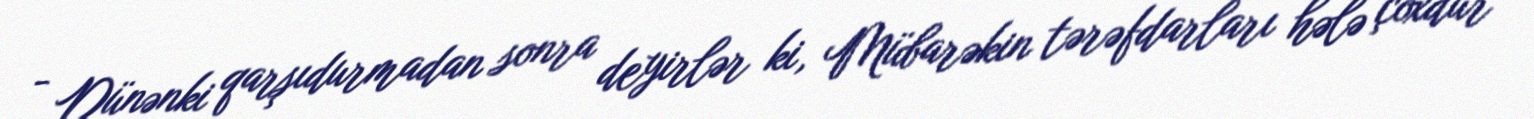
- Dünənki qarşıdurmadan sonra deyirlər ki, Mübarəkin tərəfdarları hələ çoxdur